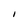
Character: I